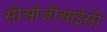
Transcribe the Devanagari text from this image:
सीओजीआईसी